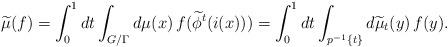
LaTeX: \begin{align*}\widetilde \mu(f) = \int_{0}^{1} dt\int_{G/\Gamma} d\mu (x)\, f (\widetilde\phi^t(i (x)))= \int_{0}^{1} dt\int_{p^{-1}\{t\}} d\widetilde \mu_t (y)\, f (y) .\end{align*}